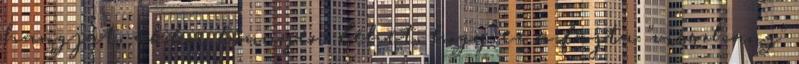
hangját, akkor könnyen lehet, hogy ez a fajta "visszhang"